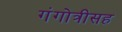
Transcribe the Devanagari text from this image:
गंगोत्रीसह